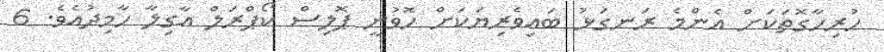
ހުރިހާގޮތަކަށް އެންމެ ރަނގަޅު ބައިވެރިޔަކަށް ހޮވުނީ ޕޮލިސް ކޯޕްރަލް އާގިލާ ހާމިދުއެވެ. 6